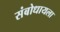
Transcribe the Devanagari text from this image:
संबोधायला